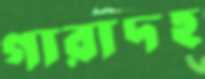
গারাদহ